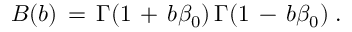
B ( b ) \, = \, \Gamma ( 1 \, + \, b \beta _ { 0 } ) \, \Gamma ( 1 \, - \, b \beta _ { 0 } ) \; .